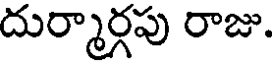
దుర్మార్గపు రాజు.